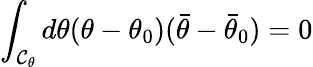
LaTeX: \int_{{\cal C}_{\theta}}d\theta(\theta-\theta_{0})(\bar{\theta}-\bar{\theta}_{0})=0